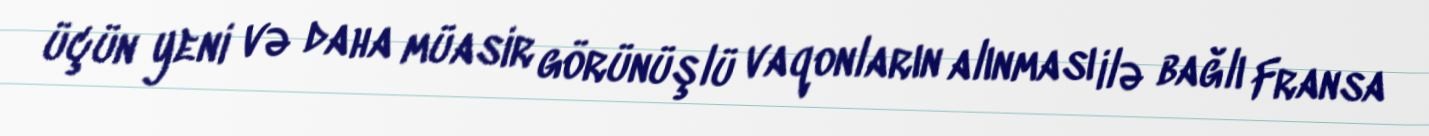
üçün yeni və daha müasir görünüşlü vaqonların alınması ilə bağlı Fransa